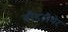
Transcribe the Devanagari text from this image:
बौडलैयेर